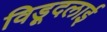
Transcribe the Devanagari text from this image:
विड़ूदलाई